Torma_(Votikvere)_vallavalitsus, lk 6
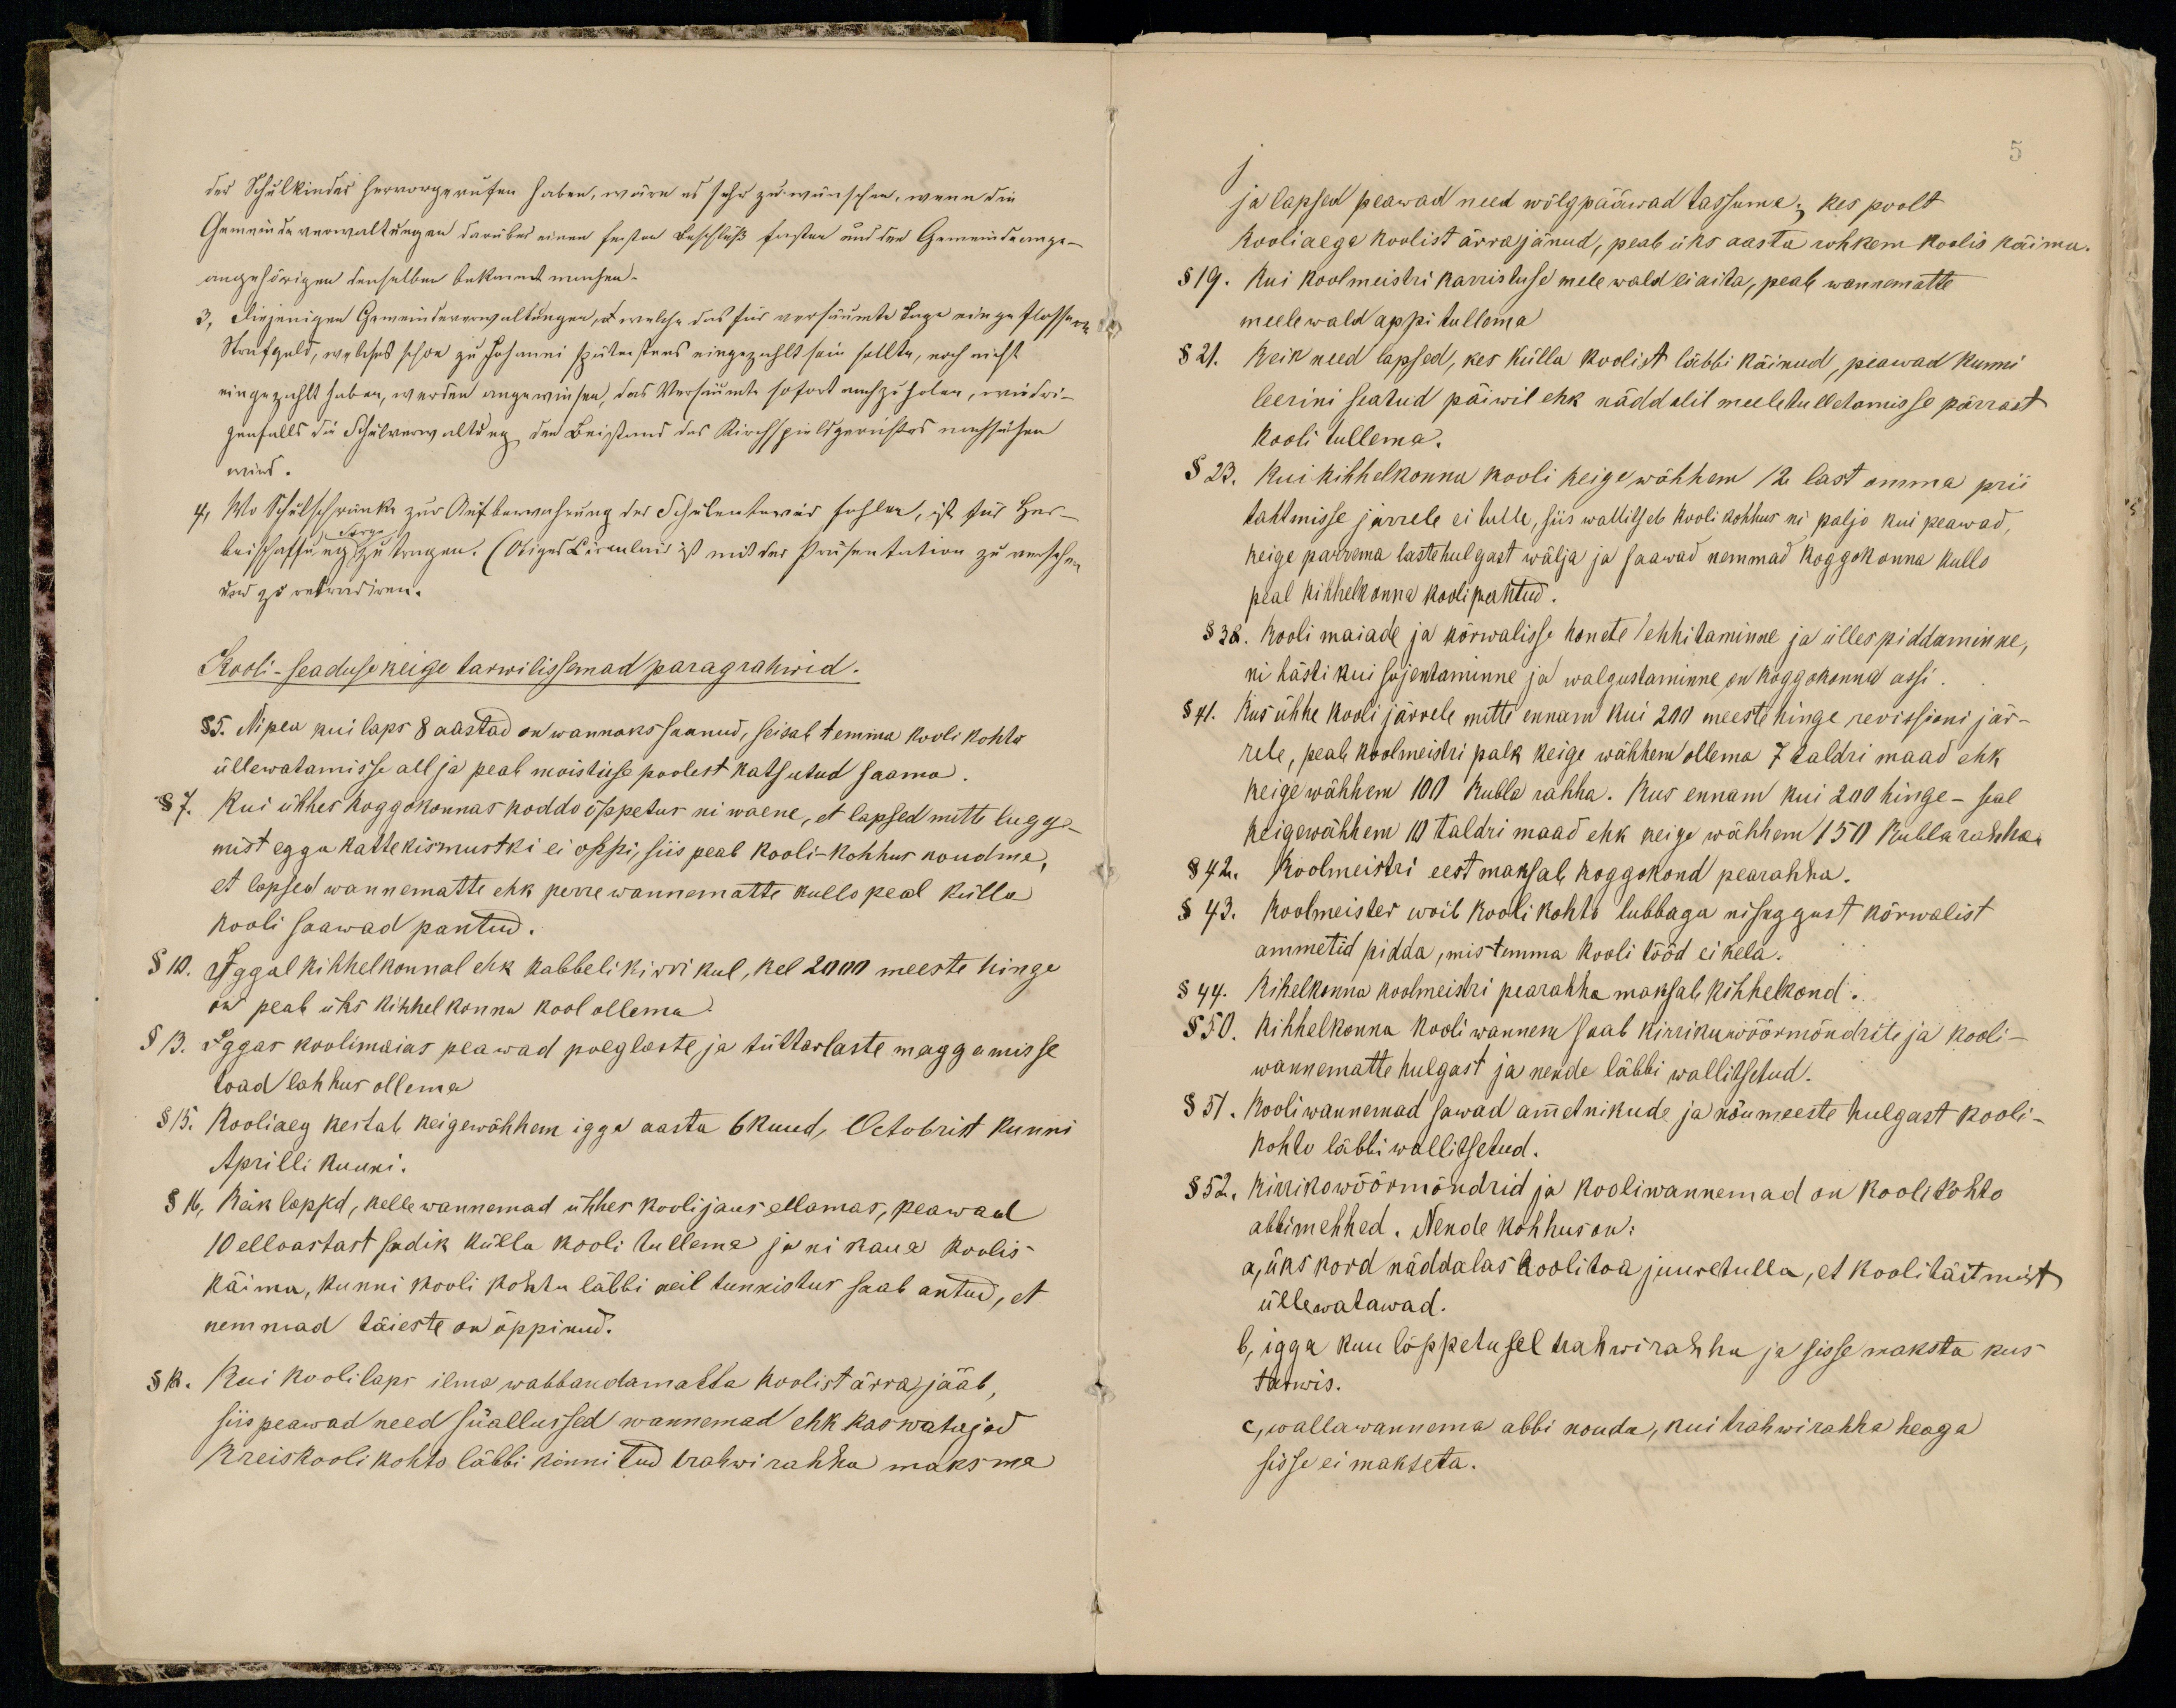
Kooli-seaduse keige tarwilisemad paragrahwid:
§5. Nipea kui laps 8 aastad on wannaks saanud, seisab temma kooli kohto
üllewatamisse all ja peab moistuse poolest katsutud saama.
§7. Kui ühhes koggokonnas koddo õppetus ni waene, et lapsed mitte lugge-
mist egga kattekismustki ei oppi, siis peab kooli-kohhus noudma,
et lapsed wannematte ehk perre wannematte kullo peal külla
Kooli saawad pantud.
§ 10. Iggal kihhelkonnal ehk kabbelikirrikul, kel 2000 meeste hinge
on peab üks kihhelkonna kool ollema
§ 13. Iggas koolimaias peawad poeglaste ja tüttarlaste maggamisse
toad lahhus ollema
§15. Kooliaeg kestab keigewähhem igga aasta 6kuud, Octobrist kunni
Aprilli kuuni.
§ 16, Keik lapsed, kelle wannemad ühhes koolijaus ellamas, peawad
10 elloastast sadik külla kooli tullema ja ni kaua Koolis
Käima, kunni kooli kohtu läbbi neil tunnistus saab antud, et
nemmad täieste on õppinud.
§18. Kui koolilaps ilma wabbandamatta koolist ärra jääb,
siis peawad need süallused wannemad ehk kaswatajad
Kreiskooli kohto läbbi kinnitud trahwi rahha maksma

ja lapsed peawad need wõlgpääwad tassuma; kes poolt
Kooliaega koolist ärrajänud, peab üks aasta rohkem koolis käima.
§ 19. Kui koolmeistri karristuse mele wald ei aita, peab wannematte
meelewald appi tullema
§ 21. Keik need lapsed, kes külla koolist läbbi käinud, peawad kunni
leerini seatud päiwil ehk näddalil meeletulletamisse pärrast
kooli tullema.
§ 23. Kui kihhelkonna kooli keige wähhem 12 last omma prii
tahtmisse järrele ei tulle, siis wallitseb kooli kohhus ni paljo kui peawad,
keige parrema lastehulgast wälja ja saawad nemmad koggokonna kullo
peal kihhelkonna kooli pantud.
§ 38. kooli maiade ja kõrwalisse honete ehhitaminne ja ülles piddaminne,
ni hästi kui sojentaminne ja walgustaminne on kogukonna assi.
§ 41. Kus ühhe kooli järrele mitte ennam kui 200 meeste hinge revissioni jär-
rele, peab koolmeistri palk keige wähhem ollema 7 taldri maad ehk
keige wähhem 100 Rubla rahha. Kus ennam kui 200 hinge - seal
Keigewähhem 10 taldri maad ehk keige wähhem 150 Rubla rahha.
§42. Koolmeistri eest maksab koggokond pearahha.
§ 43. Koolmeister woib kooli kohto lubbaga nisuggust kõrwalist
ammetid pidda, mis temma kooli tööd ei kela.
§ 44. Kihelkonna koolmeistri pearahha maksab kihhelkond.
§ 50. Kihhelkonna kooli wannem saab kirrikuwöörmöndrite ja kooli-
wannematte hulgast ja nende läbbi wallitsetud.
§ 51. Kooliwannemad sawad ammetnikude ja nõumeeste hulgast kooli-
kohto läbbi wallitsetud.
§52. Kirrikowöörmöndrid ja kooliwannemad on koolikohto
abbimehhed. Nende kohhus on:
a, üks kord näddalas koolitoa juuretulla, et koolitäitmist
üllewatawad.
b, igga kuu lõppetusel trahwirahha ja sisse maksta kus
tarwis.
c,  wallawannema abbi nouda, kui trahwirahha heaga
sisse ei makseta.